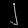
Digit: ၂